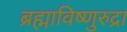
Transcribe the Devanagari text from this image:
ब्रह्माविष्णुरुद्रा